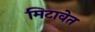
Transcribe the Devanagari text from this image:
मिटावेत